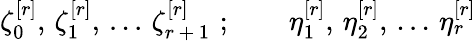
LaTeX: \zeta_{0}^{[r]},\, \zeta_{1}^{[r]},\, ...\, \zeta_{r\, +\, 1}^{[r]}\, \, ;\qquad\eta_{1}^{[r]},\, \eta_{2}^{[r]},\, ...\, \eta_{r}^{[r]}